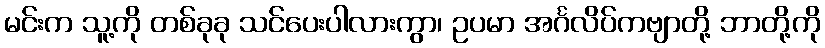
မင်းက သူ့ကို တစ်ခုခု သင်ပေးပါလားကွာ၊ ဥပမာ အင်္ဂလိပ်ကဗျာတို့ ဘာတို့ကို